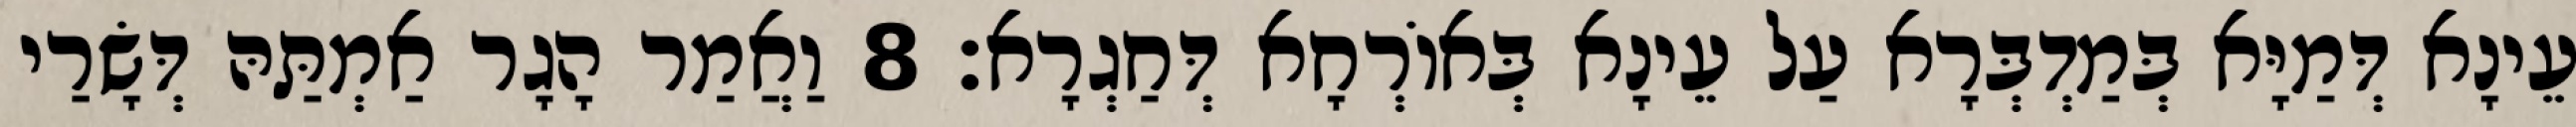
עֵינָא דְּמַיָּא בְּמַדְבְּרָא עַל עֵינָא בְּאוֹרְחָא דְּחַגְרָא׃ 8 וַאֲמַר הָגָר אַמְתַּהּ דְּשָׂרַי